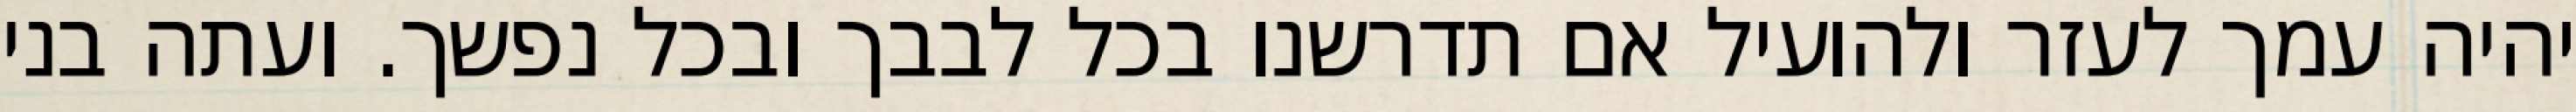
יהיה עמך לעזר ולהועיל אם תדרשנו בכל לבבך ובכל נפשך. ועתה בני